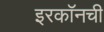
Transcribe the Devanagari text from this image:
इरकॉनची